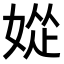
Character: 𫰽